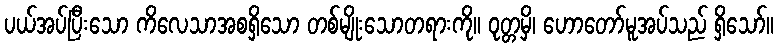
ပယ်အပ်ပြီးသော ကိလေသာအစရှိသော တစ်မျိုးသောတရားကို။ ဝုတ္တမှိ၊ ဟောတော်မူအပ်သည် ရှိသော်။